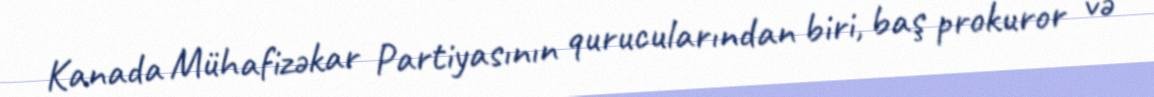
Kanada Mühafizəkar Partiyasının qurucularından biri, baş prokuror və